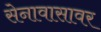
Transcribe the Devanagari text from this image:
सेनावासावर